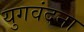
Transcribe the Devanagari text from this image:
युगवंदना